Rangoon Lunatic Asylum 1898-1906 - 1898-1906
Year: 1898
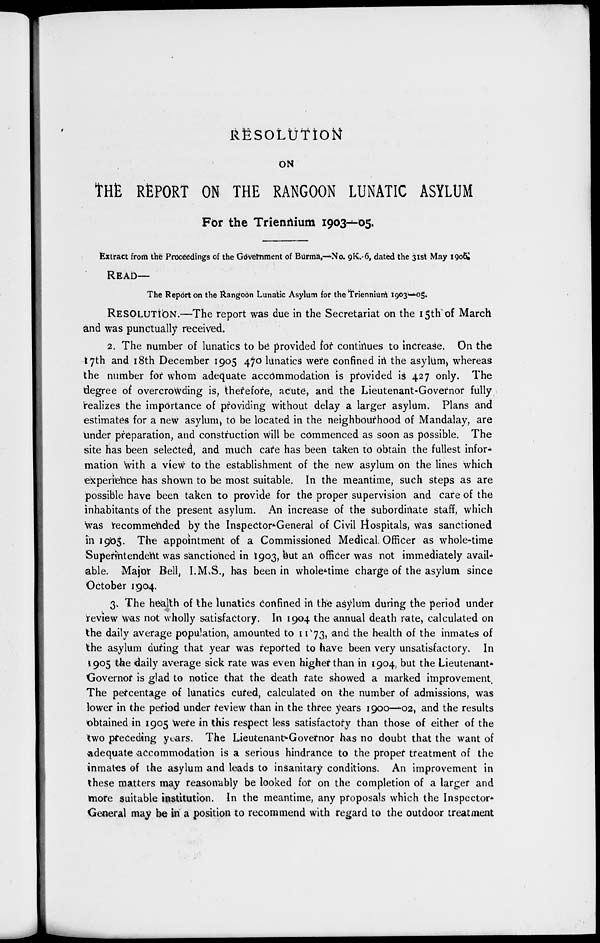
RESOLUTION
ON
THE REPORT ON THE RANGOON LUNATIC ASYLUM
For the Triennium 1903—05.
Extract from the Proceedings of the Government of Burma,—No. 9K.6, dated the 31st May 1906.
READ—
The Report on the Rangoon Lunatic Asylum for the Triennium 1903—05.
RESOLUTION.—The report was due in the Secretariat on the 15th of March
and was punctually received.
2. The number of lunatics to be provided for continues to increase. On the
17th and 18th December 1905 470 lunatics were confined in the asylum, whereas
the number for whom adequate accommodation is provided is 427 only. The
degree of overcrowding is, therefore, acute, and the Lieutenant-Governor fully
realizes the importance of providing without delay a larger asylum. Plans and
estimates for a new asylum, to be located in the neighbourhood of Mandalay, are
under preparation, and construction will be commenced as soon as possible. The
site has been selected, and much care has been taken to obtain the fullest infor-
mation with a view to the establishment of the new asylum on the lines which
experience has shown to be most suitable. In the meantime, such steps as are
possible have been taken to provide for the proper supervision and care of the
inhabitants of the present asylum. An increase of the subordinate staff, which
was recommended by the Inspector-General of Civil Hospitals, was sanctioned
in 1905. The appointment of a Commissioned Medical Officer as whole-time
Superintended was sanctioned in 1903, but an officer was not immediately avail-
able. Major Bell, I.M.S., has been in whole-time charge of the asylum since
October 1904.
3. The health of the lunatics confined in the asylum during the period under
review was not wholly satisfactory. In 1904 the annual death rate, calculated on
the daily average population, amounted to 11 73, and the health of the inmates of
the asylum during that year was reported to have been very unsatisfactory. In
1905 the daily average sick rate was even higher than in 1904, but the Lieutenant-
Governor is glad to notice that the death rate showed a marked improvement.
The percentage of lunatics cured, calculated on the number of admissions, was
lower in the period under review than in the three years 1900—-02, and the results
obtained in 1905 were in this respect less satisfactory than those of either of the
two preceding years. The Lieutenant-Governor has no doubt that the want of
adequate accommodation is a serious hindrance to the proper treatment of the
inmates of the asylum and leads to insanitary conditions. An improvement in
these matters may reasonably be looked for on the completion of a larger and
more suitable institution. In the meantime, any proposals which the Inspector-
General may be in a position to recommend with regard to the outdoor treatment